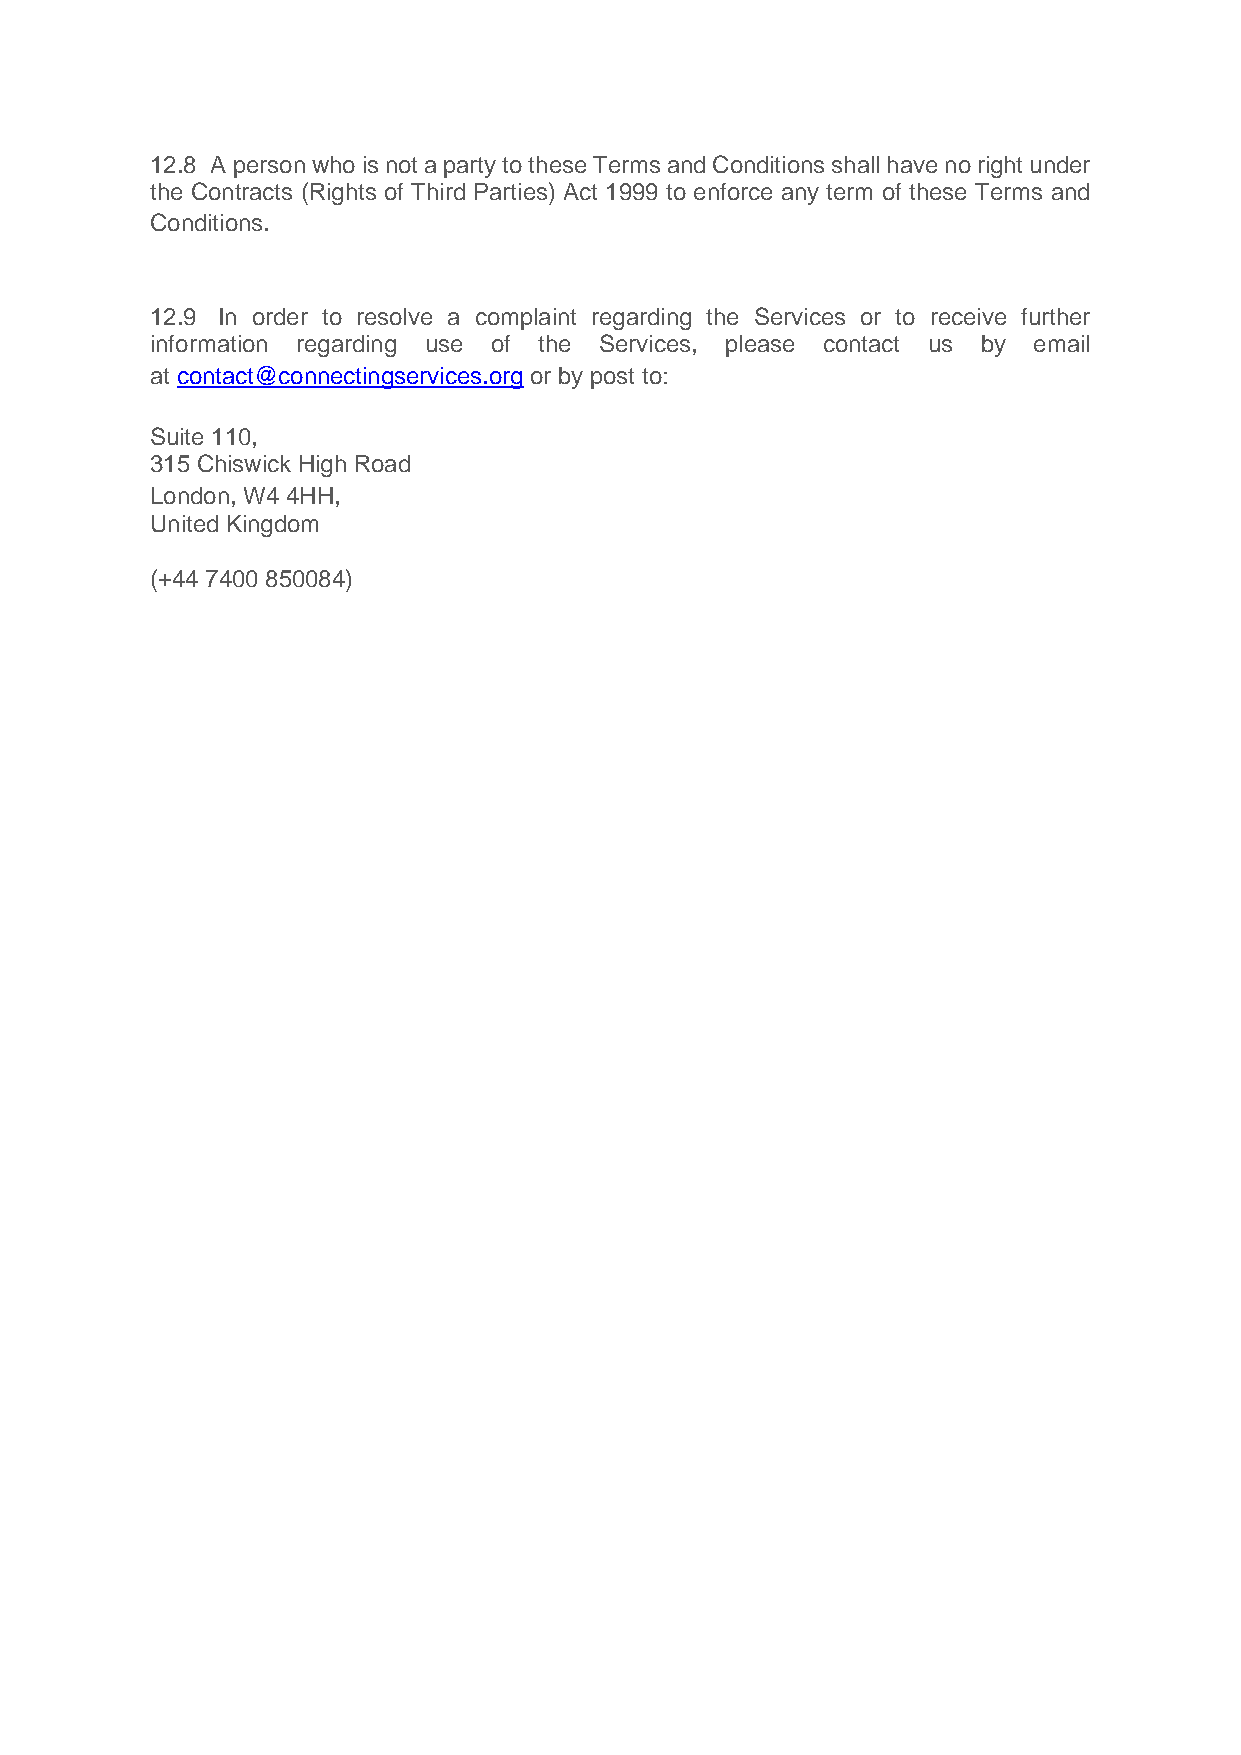
12.8 A person who is not a party to these Terms and Conditions shall have no right under
 the Contracts (Rights of Third Parties) Act 1999 to enforce any term of these Terms and
 Conditions.
 12.9 In order to resolve a complaint regarding the Services or to receive further
 information regarding use of the Services, please contact us by email
 at contact@connectingservices.org or by post to:
 Suite 110,
 315 Chiswick High Road
 London, W4 4HH,
 United Kingdom
 (+44 7400 850084)